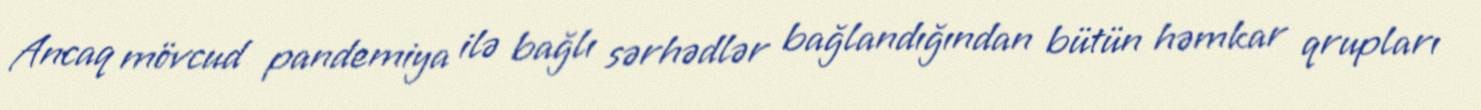
Ancaq mövcud pandemiya ilə bağlı sərhədlər bağlandığından bütün həmkar qrupları